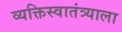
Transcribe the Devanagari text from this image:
व्यक्तिस्वातंत्र्याला